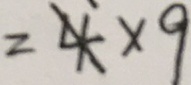
= 4 \times 9